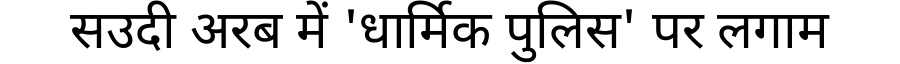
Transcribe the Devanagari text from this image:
सउदी अरब में 'धार्मिक पुलिस' पर लगाम